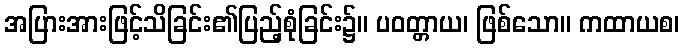
အပြားအားဖြင့်သိခြင်း၏ပြည့်စုံခြင်း၌။ ပဝတ္တာယ၊ ဖြစ်သော။ ကထာယစ၊